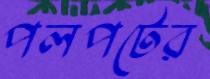
পলপটের